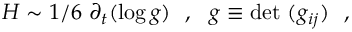
H \sim 1 / 6 ~ \partial _ { t } ( \log g ) ~ ~ , ~ ~ g \equiv \mathrm { d e t } ~ ( g _ { i j } ) ~ ~ ,